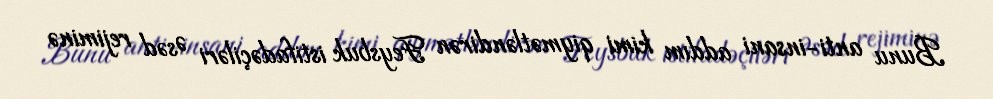
Bunu anti-insani addım kimi qiymətləndirən Feysbuk istifadəçiləri Əsəd rejiminə